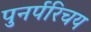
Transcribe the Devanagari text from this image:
पुनर्परिचय